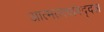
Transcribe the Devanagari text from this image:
आत्मतत्त्वाबद्दल